Civil Veterinary Department Bengal reports 1933-51 - 1933-1951
Year: 1933
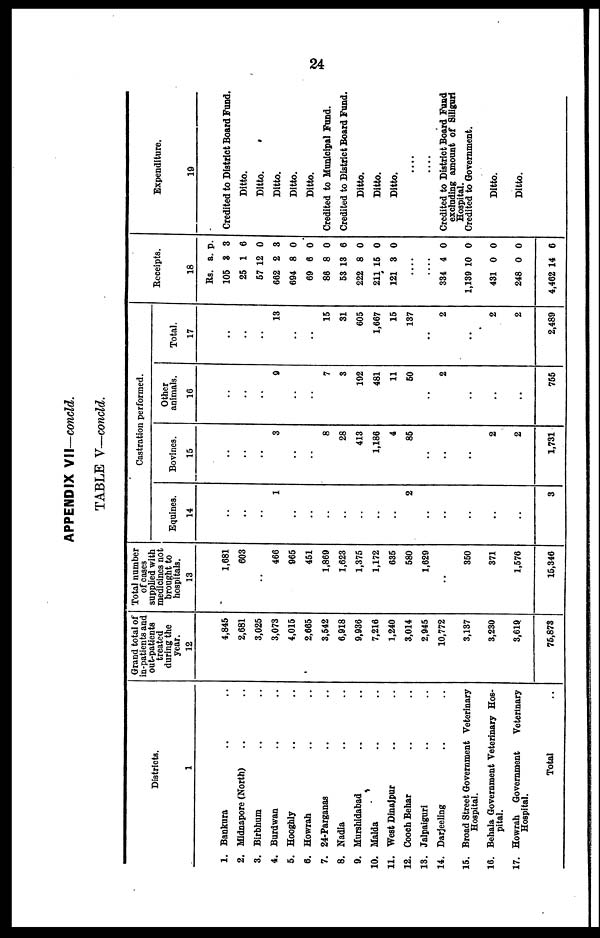
24
APPENDIX VII—concld.
TABLE V—concld.
Districts.
1
1. Bankura .. ..
2. Midnapore (North) .. ..
3. Birbhum .. ..
4. Burdwan .. ..
5. Hooghly .. ..
6. Howrah .. ..
7. 24-Parganas .. ..
8. Nadia .. ..
9. Murshidabad .. ..
10. Maida .. ..
11. West Dinajpur .. ..
12. Cooch Behar .. ..
18. Jalpaiguri .. ..
14. Darjeeling .. ..
15. Broad Street Government Veterinary
Hospital.
16. Behala Government Veterinary Hos-
pital.
17. Howrah Government
Veterinary
Hospital.
Total ..
Grand total of
in-patients and
out-patients
treated
during the
year.
12
4,845
2,681
3,026
3,073
4,016
2,665
3,542
6,018
9,036
7,216
1,240
3,014
2,045
10,772
3,137
3,230
3,619
76,873
Total number
of cases
supplied with
medicines not
brought to
hospitals.
13
1,681
603
..
466
965
461
1,869
1,623
1,375
1,172
635
580
1,629
..
350
371
1,676
15,346
Castration performed.
Equines.
14
..
..
..
1
..
..
..
..
..
..
..
2
..
..
..
..
..
3
Bovines.
15
..
..
..
3
..
..
8
28
413
1,186
4
86
..
..
..
2
2
1,731
Other
animals.
16
..
..
..
9
..
..
7
3
102
481
11
50
..
2
..
..
..
756
Total.
17
..
..
..
13
..
..
15
31
605
1,667
15
187
..
2
..
2
2
2,480
Receipts.
18
Rs.
105
25
67
662
694
69
86
53
222
211
121
....
....
384
1,130
431
248
4,462
a.
8
1
12
2
8
6
8
18
8
16
8
4
10
0
0
14
p.
3
6
0
8
0
0
0
6
0
0
0
0
0
0
0
6
Expenditure.
19
Credited to District Board Fond.
Ditto.
Ditto.
Ditto.
Ditto.
Ditto.
Credited to Municipal Fund.
Credited to District Board Fund.
Ditto.
Ditto.
Ditto.
....
....
Credited to District Board Fund
excluding amount of Siliguri
Hospital.
Credited to Government.
Ditto.
Ditto.